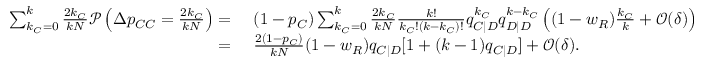
\begin{array} { r l } { \sum _ { k _ { C } = 0 } ^ { k } { \frac { 2 k _ { C } } { k N } \mathcal { P } \left( \Delta p _ { C C } = \frac { 2 k _ { C } } { k N } \right) } = } & { ~ ( 1 - p _ { C } ) \sum _ { k _ { C } = 0 } ^ { k } { \frac { 2 k _ { C } } { k N } \frac { k ! } { k _ { C } ! ( k - k _ { C } ) ! } q _ { C | D } ^ { k _ { C } } q _ { D | D } ^ { k - k _ { C } } \left( ( 1 - w _ { R } ) \frac { k _ { C } } { k } + \mathcal { O } ( \delta ) \right) } } \\ { = } & { ~ \frac { 2 ( 1 - p _ { C } ) } { k N } ( 1 - w _ { R } ) q _ { C | D } [ 1 + ( k - 1 ) q _ { C | D } ] + \mathcal { O } ( \delta ) . } \end{array}